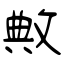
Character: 敟